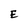
Character: E